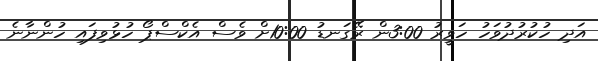
އަދި ހުކުރުދުވަހު ހަވީރު 3:00ން ރޭގަނޑު 10:00ށް ވެސް އެކްސްޕޯ ހުޅުވިފައި ހުންނާނެ